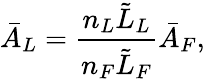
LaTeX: \bar{A}_{L}=\frac{n_{L}\tilde{L}_{L}}{n_{F}\tilde{L}_{F}}\bar{A}_{F},